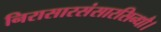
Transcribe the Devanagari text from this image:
निरासारसंसारसिन्धौ।